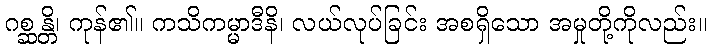
ဂစ္ဆန္တိ၊ ကုန်၏။ ကသိကမ္မာဒီနိ၊ လယ်လုပ်ခြင်း အစရှိသော အမှုတို့ကိုလည်း။